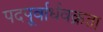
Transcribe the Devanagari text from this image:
पदपूर्वार्धवक्रता